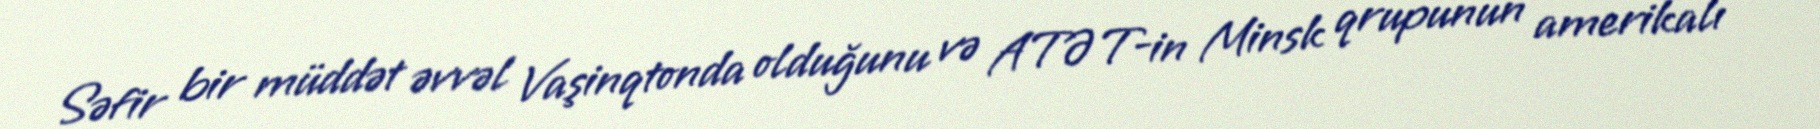
Səfir bir müddət əvvəl Vaşinqtonda olduğunu və ATƏT-in Minsk qrupunun amerikalı